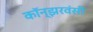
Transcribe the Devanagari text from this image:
कॉन्झरवंसी